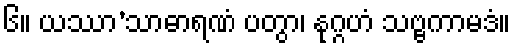
၆။ ယဿာ’သာဓာရဏံ ပတွာ၊ နုဂ္ဂဟံ သဗ္ဗကာမဒံ။